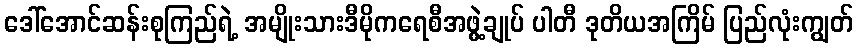
ဒေါ်အောင်ဆန်းစုကြည်ရဲ့ အမျိုးသားဒီမိုကရေစီအဖွဲ့ချုပ် ပါတီ ဒုတိယအကြိမ် ပြည်လုံးကျွတ်